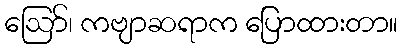
ဪ၊ ကဗျာဆရာက ပြောထားတာ။